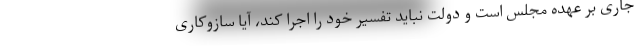
جاری بر عهده مجلس است و دولت نباید تفسیر خود را اجرا کند، آیا سازوکاری